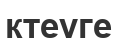
ктеуге